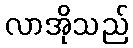
လာအိုသည်